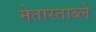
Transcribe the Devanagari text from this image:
मेतास्ताब्ले